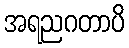
အရညဂတာပိ